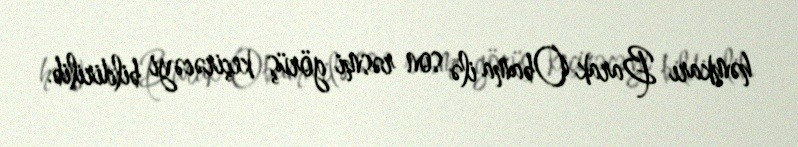
həmkarı Barak Obama ilə son rəsmi görüş keçirəcəyi bildirilib.